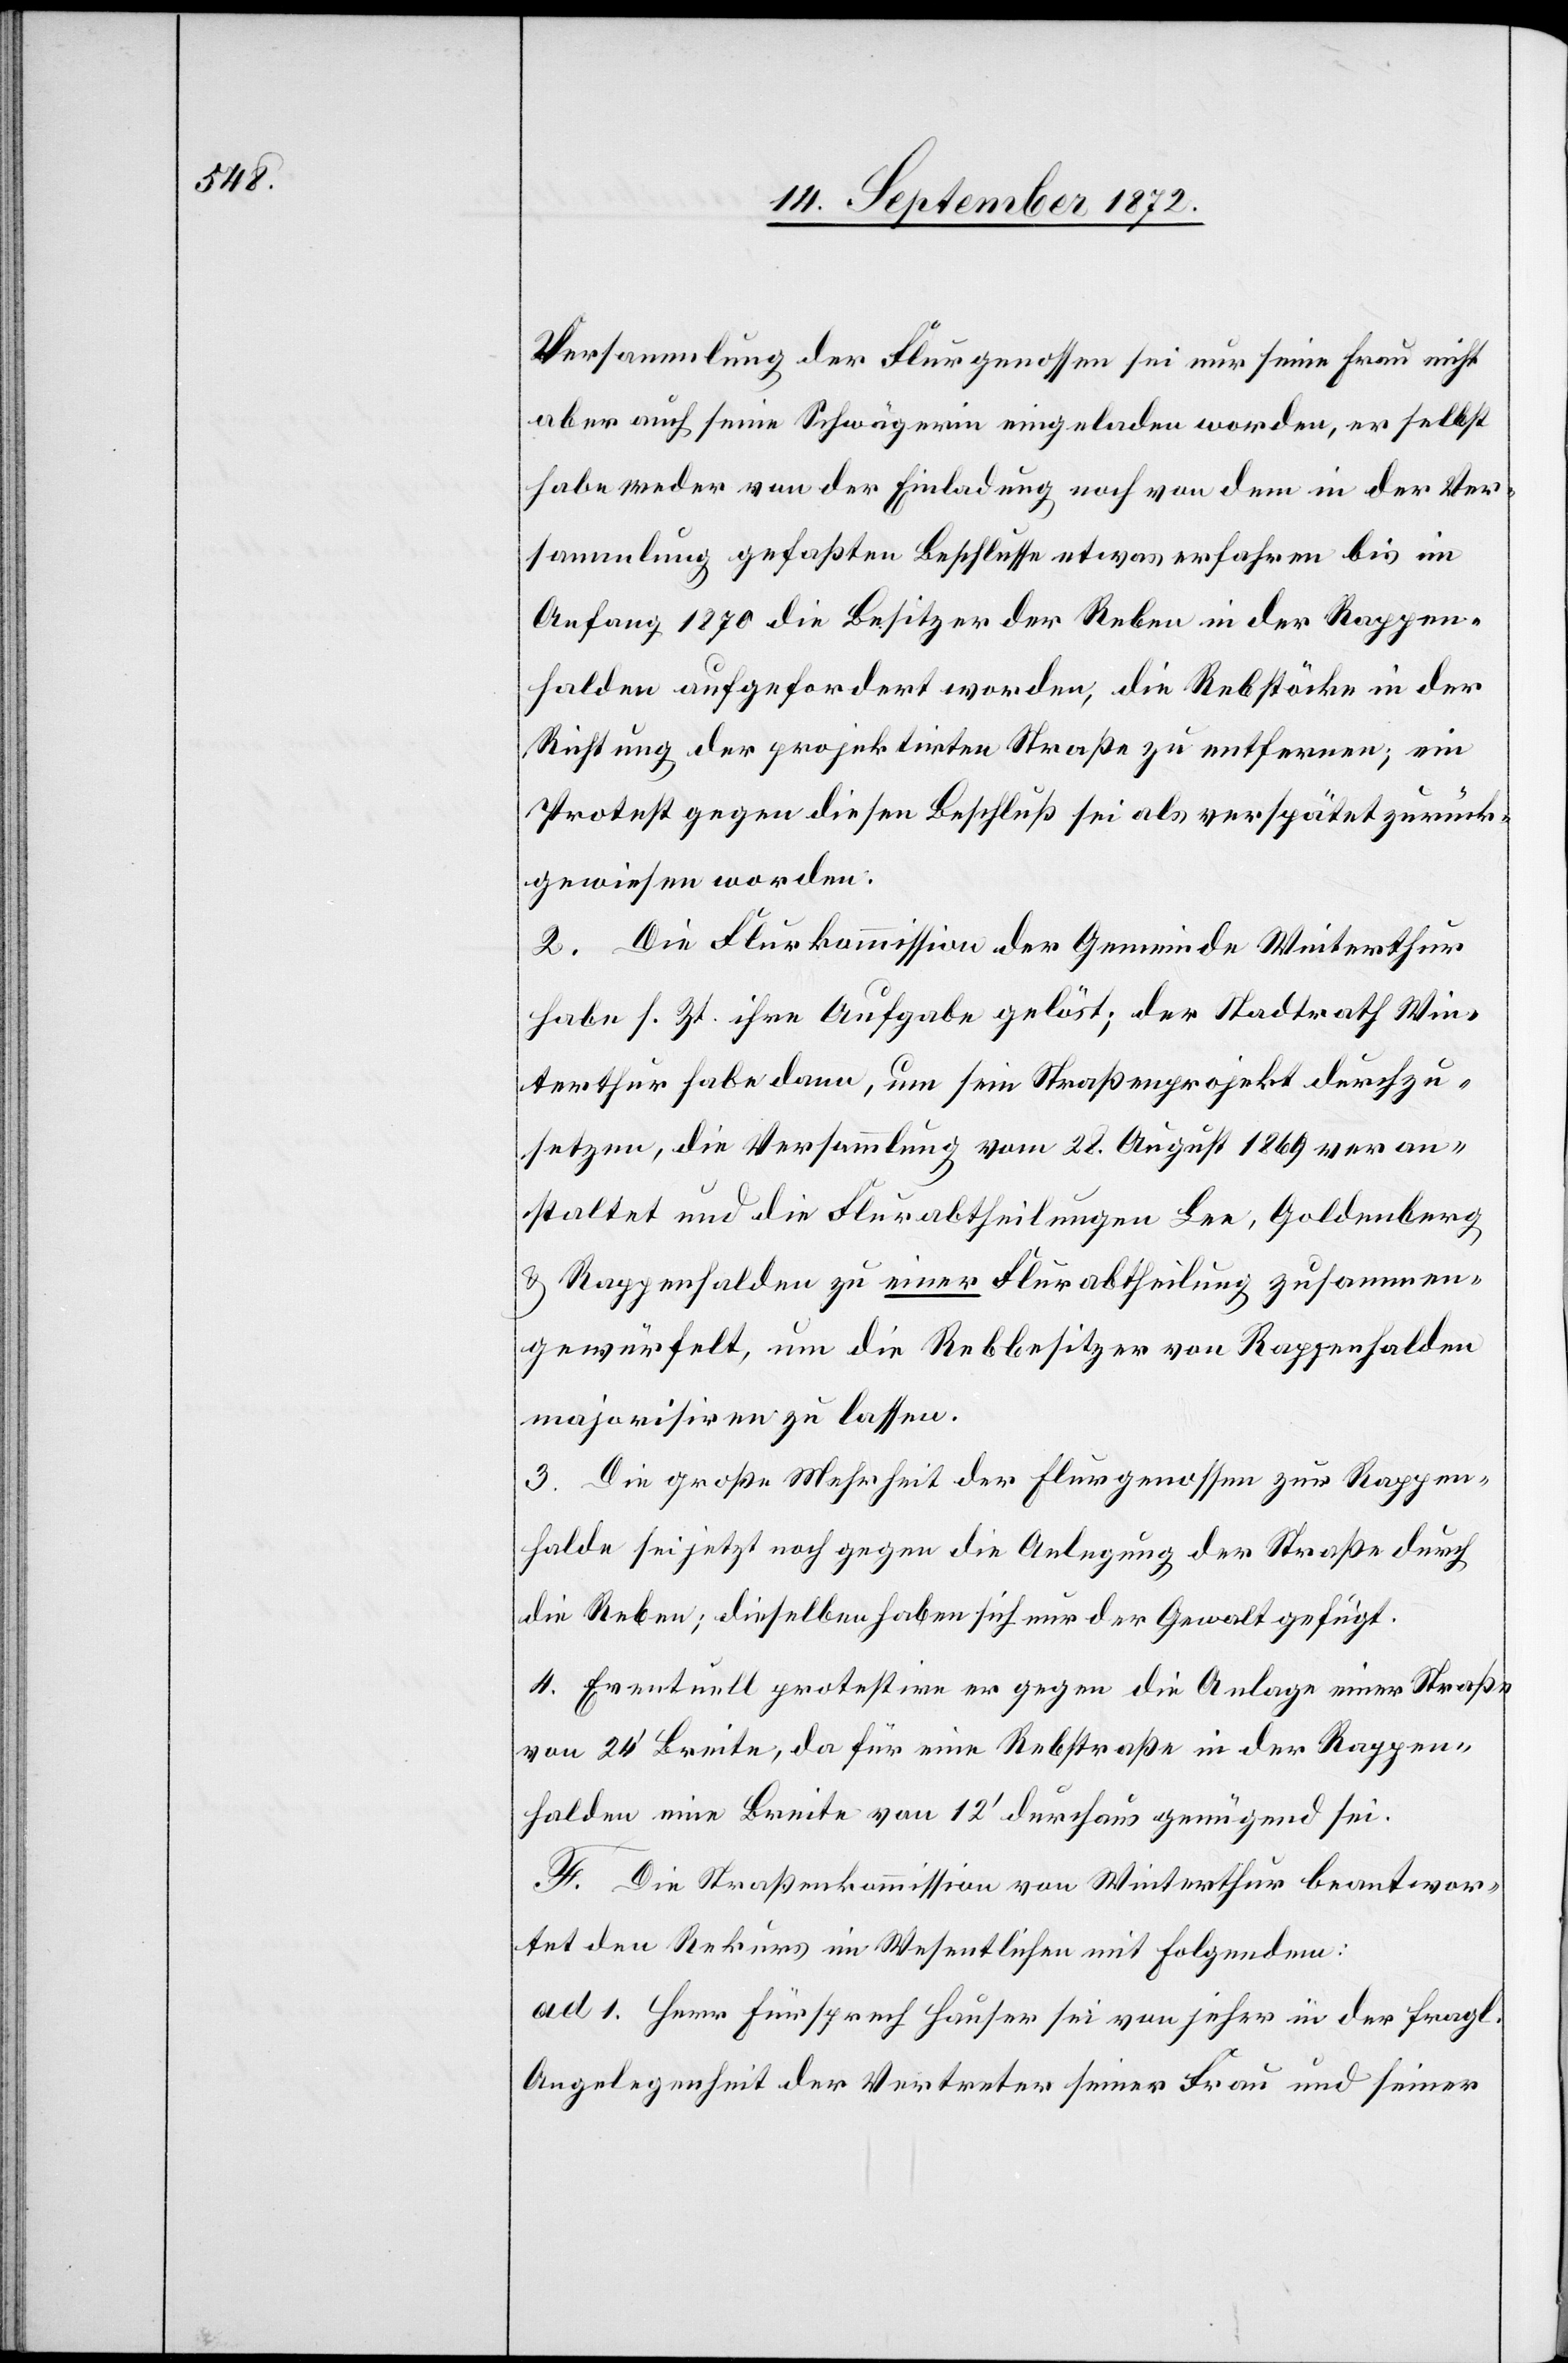
Versammlung der Flurgenossen sei nur seine Frau nicht
aber auch seine Schwägerin eingeladen worden, er selbst
habe weder von der Einladung noch von dem in der Ver¬
sammlung gefaßten Beschlusse etwas erfahren bis im
Anfang 1870 die Besitzer der Reben in der Rappen¬
halden aufgefordert worden, die Rebstöcke in der
Richtung der projektirten Straße zu entfernen; ein
Protest gegen diesen Beschluß sei als verspätet zurück¬
gewiesen worden.
2. Die Flurkommission der Gemeinde Winterthur
habe s. Zt. ihre Aufgabe gelöst; der Stadtrath Win¬
terthur habe dann, um sein Straßenprojekt durchzu¬
setzen, die Versammlung vom 28. August 1869 veran¬
staltet und die Flurabtheilungen Lee, Goldenberg
u. Rappenhalden zu einer Flurabtheilung zusammen¬
gewürfelt, um die Rebbesitzer von Rappenhalden
majorisiren zu lassen.
3. Die große Mehrheit der Flurgenossen zur Rappen¬
halde sei jetzt noch gegen die Anlegung der Straße durch
die Reben; dieselben haben sich nur der Gewalt gefügt.
4. Eventuell protestire er gegen die Anlage einer Straße
von 24’ Breite, da für eine Rebstraße in der Rappen¬
halden eine Breite von 12’ durchaus genügend sei.
F. Die Straßenkommission von Winterthur beantwor¬
tet den Rekurs im Wesentlichen mit Folgendem:
ad 1. Herr Fürsprech Hauser sei von jeher in der fragl.
Angelegenheiten der Vertreter seiner Frau und seiner